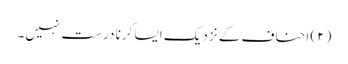
(۲) احناف کے نزدیک ایسا کرنا درست نہیں۔